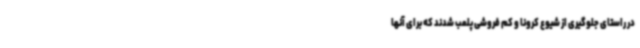
در راستای جلوگیری از شیوع کرونا و کم فروشی پلمب شدند که برای آنها